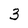
Character: 3